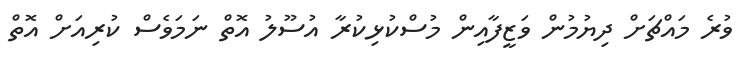
ވުރެ މައްޗަށް ދިޔުމުން ވަޒީފާއިން މުސްކުޅިކުރާ އުސޫލު އޮތް ނަމަވެސް ކުރިއަށް އޮތް